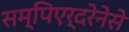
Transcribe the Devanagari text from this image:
सम्पिएर्दरेनेसे